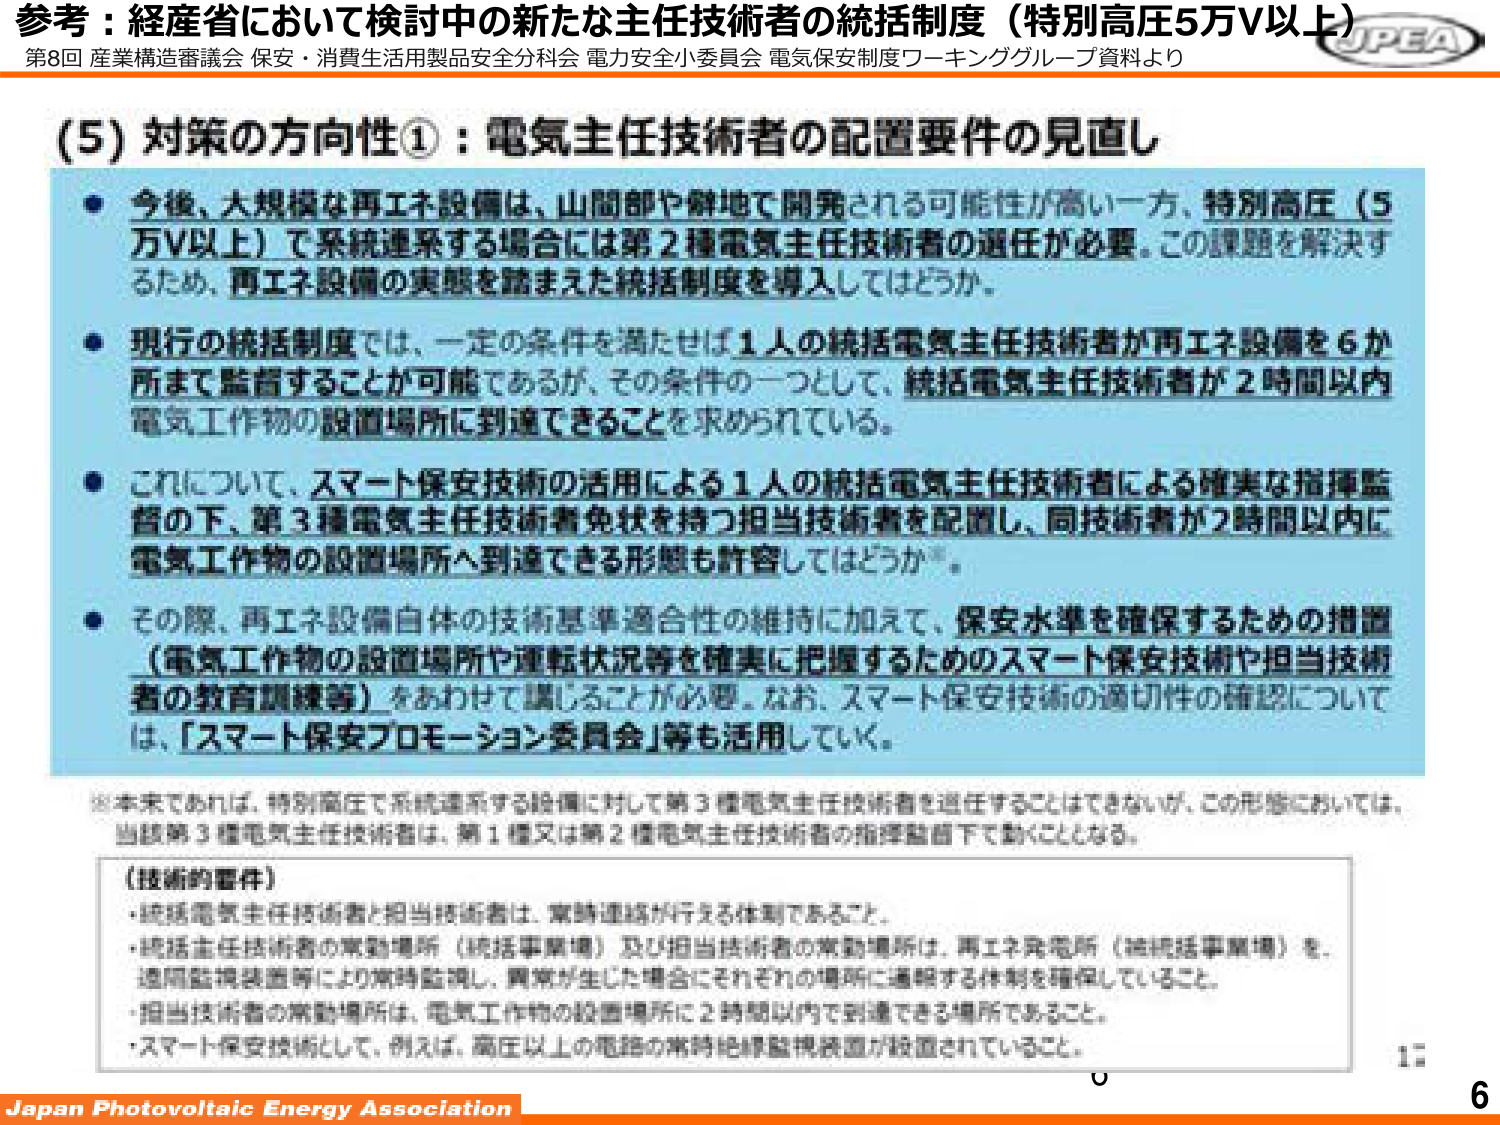
参考：経産省において検討中の新たな主任技術者の統括制度（特別高圧5万V以上）
第8回 産業構造審議会 保安・消費生活用製品安全分科会 電力安全小委員会 電気保安制度ワーキンググループ資料より

(5) 対策の方向性①：電気主任技術者の配置要件の見直し

● 今後、大規模な再エネ設備は、山間部や僻地で開発される可能性が高い一方、特別高圧（5万V以上）で系統連系する場合には第2種電気主任技術者の選任が必要。この課題を解決するため、再エネ設備の実態を踏まえた統括制度を導入してはどうか。

● 現行の統括制度では、一定の条件を満たせば1人の統括電気主任技術者が再エネ設備を6か所まで監督することが可能であるが、その条件の一つとして、統括電気主任技術者が2時間以内電気工作物の設置場所に到達できることを求められている。

● これについて、スマート保安技術の活用による1人の統括電気主任技術者による確実な指揮監督の下、第3種電気主任技術者免状を持つ担当技術者を配置し、同技術者が2時間以内に電気工作物の設置場所へ到達できる形態も許容してはどうか※。

● その際、再エネ設備自体の技術基準適合性の維持に加えて、保安水準を確保するための措置（電気工作物の設置場所や運転状況等を確実に把握するためのスマート保安技術や担当技術者の教育訓練等）をあわせて講じることが必要。なお、スマート保安技術の適切性の確認については、「スマート保安プロモーション委員会」等も活用していく。

※ 本来であれば、特別高圧で系統連系する設備に対して第3種電気主任技術者を選任することはできないが、この形態においては、当該第3種電気主任技術者は、第1種又は第2種電気主任技術者の指揮監督下で働くこととなる。

〔技術的要件〕
・統括電気主任技術者と担当技術者は、常時連絡が行える体制であること。
・統括主任技術者の常勤場所（統括事業場）及び担当技術者の常勤場所は、再エネ発電所（被統括事業場）を、遠隔監視装置等により常時監視し、異常が生じた場合にそれぞれの場所に通報する体制を確保していること。
・担当技術者の常勤場所は、電気工作物の設置場所に2時間以内に到達できる場所であること。
・スマート保安技術として、例えば、高圧以上の電路の常時絶縁監視装置が設置されていること。

Japan Photovoltaic Energy Association
6